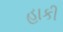
હાકી